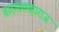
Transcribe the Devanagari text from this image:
बारगळमहाराज